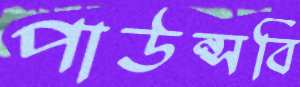
পাউন্সবি